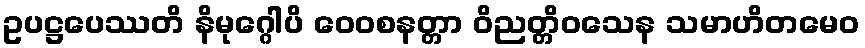
ဥပဋ္ဌပေဿတိ နိမုဂ္ဂေါပိ ဝေဝစနတ္တာ ဝိညတ္တိဝသေန သမာဟိတမေဝ